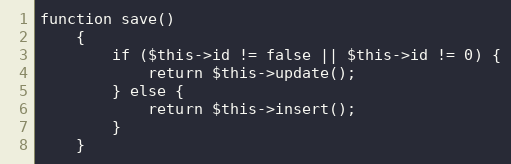
Language: PHP
function save()
    {
        if ($this->id != false || $this->id != 0) {
            return $this->update();
        } else {
            return $this->insert();
        }
    }